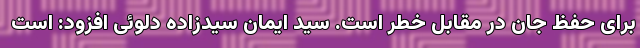
برای حفظ جان در مقابل خطر است. سید ایمان سیدزاده دلوئی افزود: است